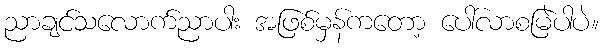
ညာချင်သလောက်ညာပါး အဖြစ်မှန်ကတော့ ပေါ်လာစမြဲပါပဲ။